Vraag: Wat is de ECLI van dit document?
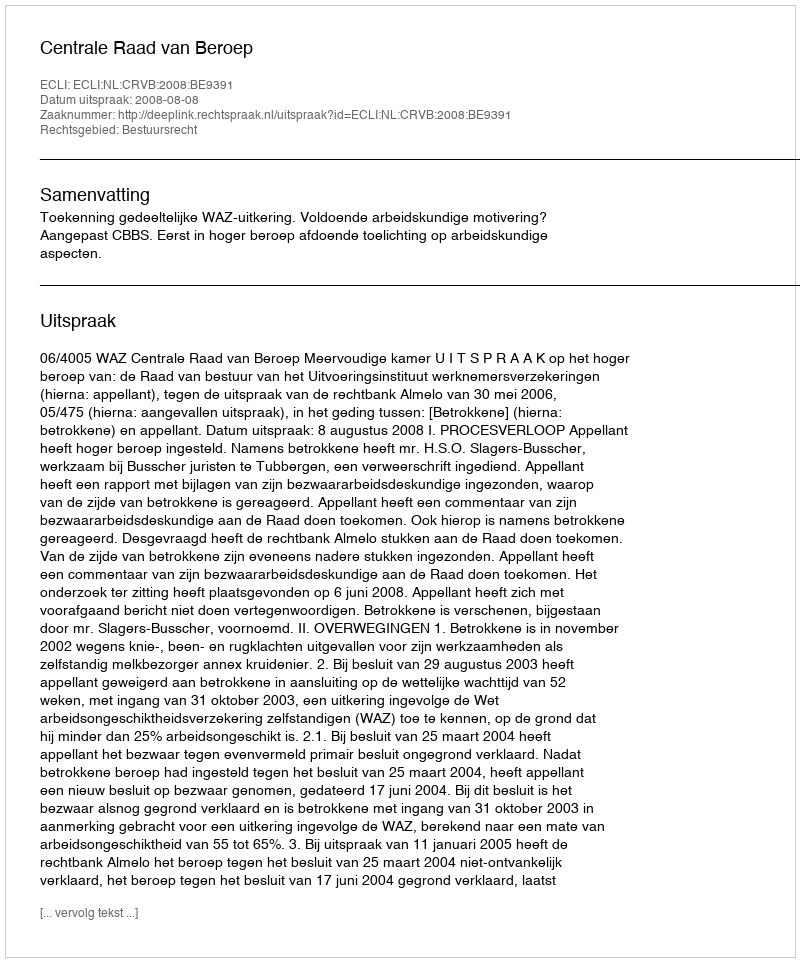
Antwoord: ECLI:NL:CRVB:2008:BE9391